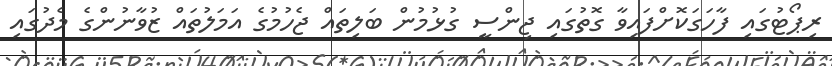
ރިޕޯޓުގައި ފާހަގަކޮށްފައިވާ ގޮތުގައި ޖިންސީ ގުޅުމުން ބަލިތައް ޖެހުމުގެ އަމަލުތައް ޒުވާނުންގެ މެދުގައި